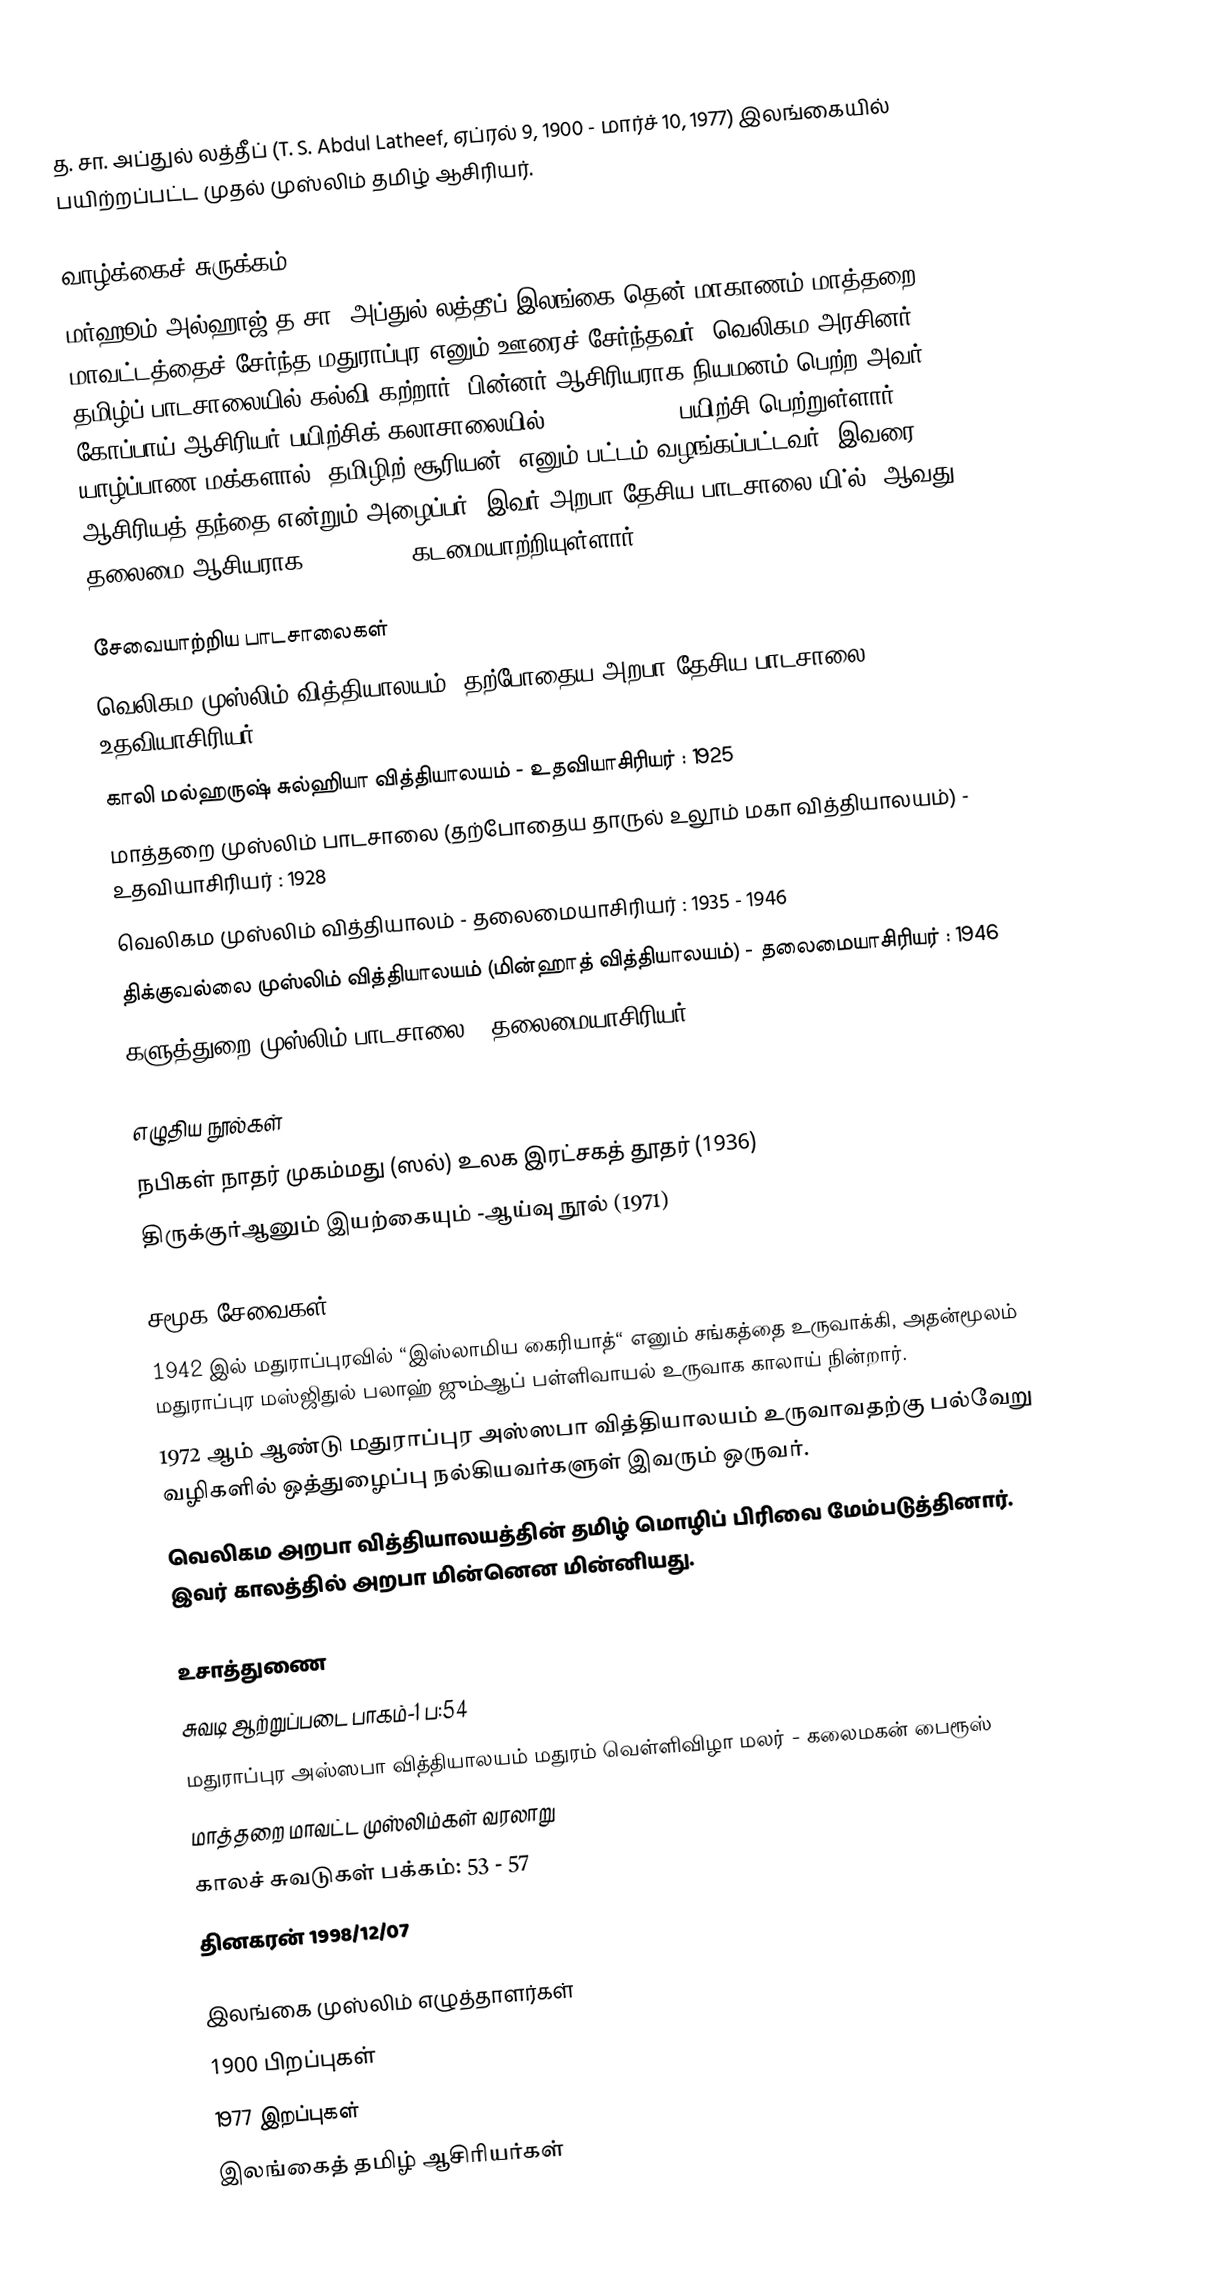
த. சா. அப்துல் லத்தீப் (T. S. Abdul Latheef, ஏப்ரல் 9, 1900 - மார்ச் 10, 1977) இலங்கையில் பயிற்றப்பட்ட முதல் முஸ்லிம் தமிழ் ஆசிரியர்.

வாழ்க்கைச் சுருக்கம்
மர்ஹூம் அல்ஹாஜ் த.சா. அப்துல் லத்தீப் இலங்கை தென் மாகாணம் மாத்தறை மாவட்டத்தைச் சேர்ந்த மதுராப்புர எனும் ஊரைச் சேர்ந்தவர். வெலிகம அரசினர் தமிழ்ப் பாடசாலையில் கல்வி கற்றார். பின்னர் ஆசிரியராக நியமனம் பெற்ற அவர் கோப்பாய் ஆசிரியர் பயிற்சிக் கலாசாலையில் (1923 - 1925) பயிற்சி பெற்றுள்ளார். யாழ்ப்பாண மக்களால் 'தமிழிற் சூரியன்' எனும் பட்டம் வழங்கப்பட்டவர். இவரை ஆசிரியத் தந்தை என்றும் அழைப்பர். இவர் அறபா தேசிய பாடசாலை யி்ல் 8ஆவது தலைமை ஆசியராக (1935-1946)கடமையாற்றியுள்ளார்.

சேவையாற்றிய பாடசாலைகள்
 வெலிகம முஸ்லிம் வித்தியாலயம் (தற்போதைய அறபா தேசிய பாடசாலை) - உதவியாசிரியர் : 1921
 காலி மல்ஹருஷ் சுல்ஹியா வித்தியாலயம் - உதவியாசிரியர் : 1925
 மாத்தறை முஸ்லிம் பாடசாலை (தற்போதைய தாருல் உலூம் மகா வித்தியாலயம்) - உதவியாசிரியர் : 1928
 வெலிகம முஸ்லிம் வித்தியாலம் - தலைமையாசிரியர் : 1935 - 1946
 திக்குவல்லை முஸ்லிம் வித்தியாலயம் (மின்ஹாத் வித்தியாலயம்) - தலைமையாசிரியர் : 1946
 களுத்துறை முஸ்லிம் பாடசாலை - தலைமையாசிரியர் : 1948 - 1958.05.01

எழுதிய நூல்கள்
 நபிகள் நாதர் முகம்மது (ஸல்) உலக இரட்சகத்  தூதர் (1936)
 திருக்குர்ஆனும் இயற்கையும் -ஆய்வு நூல் (1971)

சமூக சேவைகள்
 1942 இல் மதுராப்புரவில் “இஸ்லாமிய கைரியாத்“ எனும் சங்கத்தை உருவாக்கி, அதன்மூலம் மதுராப்புர மஸ்ஜிதுல் பலாஹ் ஜும்ஆப் பள்ளிவாயல் உருவாக காலாய் நின்றார்.
 1972 ஆம் ஆண்டு மதுராப்புர அஸ்ஸபா வித்தியாலயம் உருவாவதற்கு பல்வேறு வழிகளில் ஒத்துழைப்பு நல்கியவர்களுள் இவரும் ஒருவர்.
 வெலிகம அறபா வித்தியாலயத்தின் தமிழ் மொழிப் பிரிவை மேம்படுத்தினார். இவர் காலத்தில் அறபா மின்னென மின்னியது.

உசாத்துணை
 சுவடி ஆற்றுப்படை பாகம்-1 ப:54
 மதுராப்புர அஸ்ஸபா வித்தியாலயம் மதுரம் வெள்ளிவிழா மலர் - கலைமகன் பைரூஸ்
 மாத்தறை மாவட்ட முஸ்லிம்கள் வரலாறு
 காலச் சுவடுகள் பக்கம்: 53 - 57
 தினகரன் 1998/12/07

இலங்கை முஸ்லிம் எழுத்தாளர்கள்
1900 பிறப்புகள்
1977 இறப்புகள்
இலங்கைத் தமிழ் ஆசிரியர்கள்